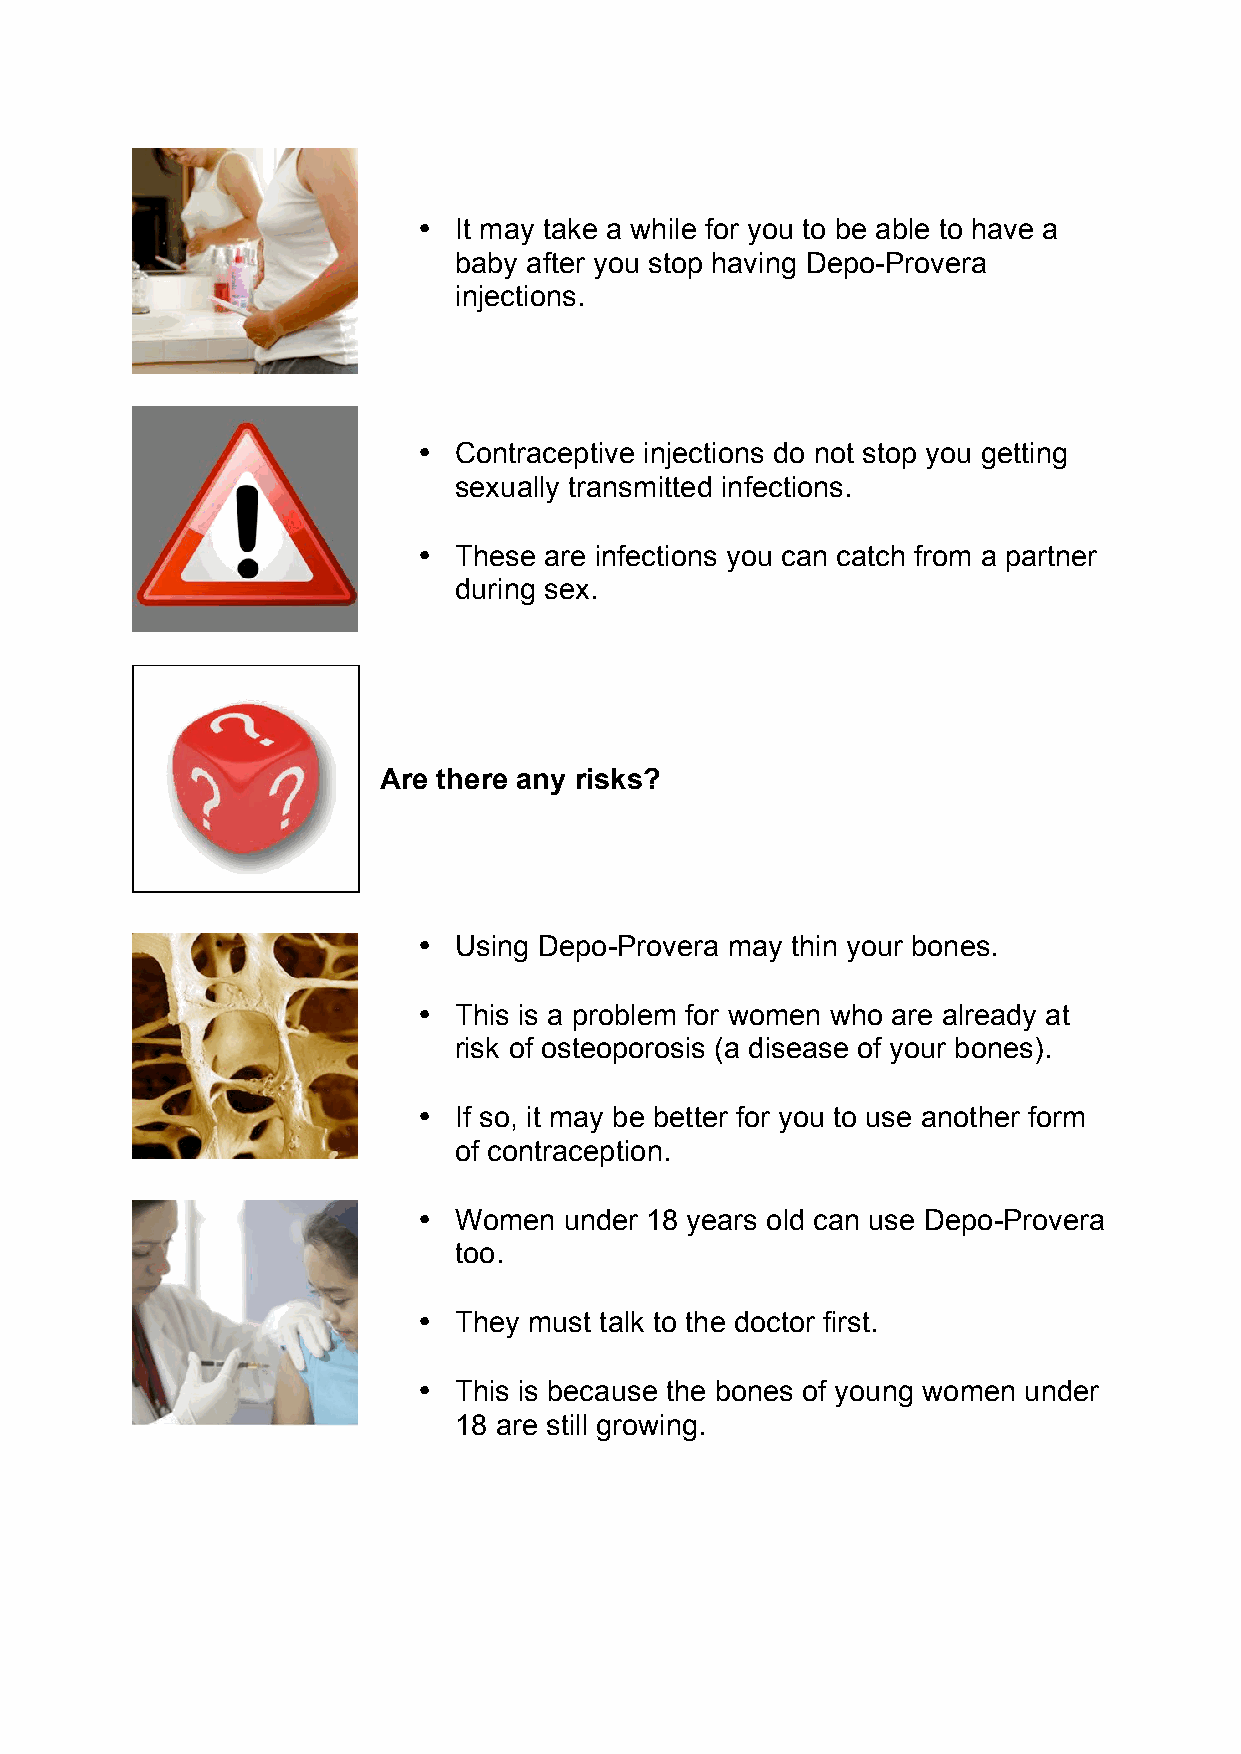
• It may take a while for you to be able to have a
 baby after you stop having Depo-Provera
 injections.
 • Contraceptive injections do not stop you getting
 sexually transmitted infections.
 • These are infections you can catch from a partner
 during sex.
 Are there any risks?
 • Using Depo-Provera may thin your bones.
 • This is a problem for women who are already at
 risk of osteoporosis (a disease of your bones).
 • If so, it may be better for you to use another form
 of contraception.
 • Women  under 18 years old can use Depo-Provera
 too.
 • They must talk to the doctor first.
 • This is because the bones of young women under
 18 are still growing.